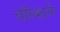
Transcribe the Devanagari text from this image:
वॉल्शने